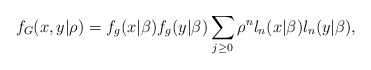
\begin{align*}f_{G}(x,y|\rho )=f_{g}(x|\beta )f_{g}(y|\beta )\sum_{j\geq 0}\rho^{n}l_{n}(x|\beta )l_{n}(y|\beta ), \end{align*}